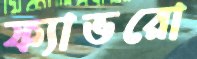
ফ্যাভরো